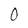
Character: O